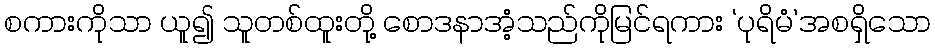
စကားကိုသာ ယူ၍ သူတစ်ထူးတို့ စောဒနာအံ့သည်ကိုမြင်ရကား ‘ပုရိမံ’အစရှိသော